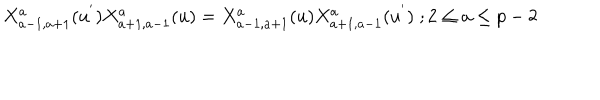
X _ { a - 1 , a + 1 } ^ { a } ( u ^ { ' } ) X _ { a + 1 , a - 1 } ^ { a } ( u ) = X _ { a - 1 , a + 1 } ^ { a } ( u ) X _ { a + 1 , a - 1 } ^ { a } ( u ^ { ' } ) \; ; 2 \leq a \leq p - 2